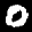
Label: 0